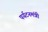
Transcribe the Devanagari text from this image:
पर्यटनमंत्री